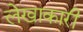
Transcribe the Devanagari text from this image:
लेखाकारी